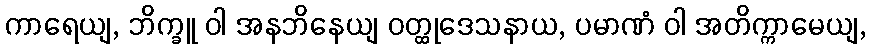
ကာရေယျ, ဘိက္ခူ ဝါ အနဘိနေယျ ဝတ္ထုဒေသနာယ, ပမာဏံ ဝါ အတိက္ကာမေယျ,